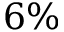
6 \%